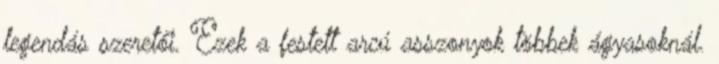
legendás szeretői. Ezek a festett arcú asszonyok többek ágyasoknál.